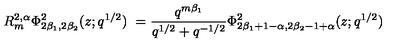
R _ { m } ^ { 2 , \alpha } \Phi _ { 2 \beta _ { 1 } , 2 \beta _ { 2 } } ^ { 2 } ( z ; q ^ { 1 / 2 } ) \ = \frac { q ^ { m \beta _ { 1 } } } { q ^ { 1 / 2 } + q ^ { - 1 / 2 } } \Phi _ { 2 \beta _ { 1 } + 1 - \alpha , 2 \beta _ { 2 } - 1 + \alpha } ^ { 2 } ( z ; q ^ { 1 / 2 } ) \